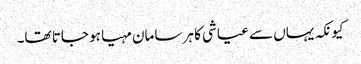
کیونکہ یہاں سے عیاشی کا ہر سامان مہیا ہو جاتا تھا۔